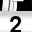
Digit: 2